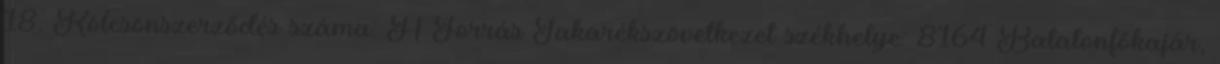
18. Kölcsönszerződés száma: A Forrás Takarékszövetkezet székhelye: 8164 Balatonfőkajár,